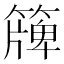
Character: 簰